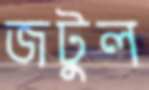
জটুল